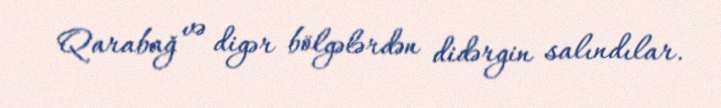
Qarabağ və digər bölgələrdən didərgin salındılar.